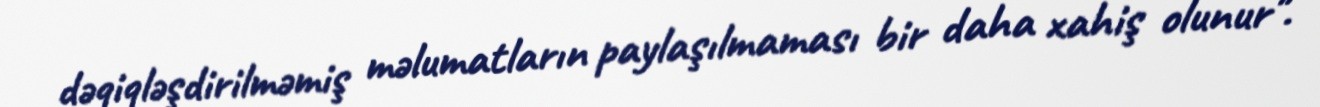
dəqiqləşdirilməmiş məlumatların paylaşılmaması bir daha xahiş olunur".